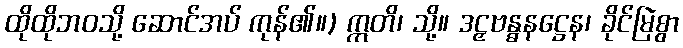
ထိုထိုဘဝသို့ ဆောင်အပ် ကုန်၏။) ဣတိ၊ သို့။ ဒဠှဗန္ဓနဋ္ဌေန၊ ခိုင်မြဲစွာ